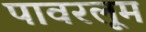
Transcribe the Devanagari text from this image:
पावरलूम